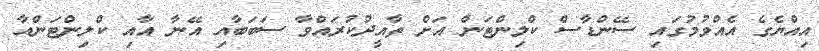
އިއްޔެގެ އެއްވުމުގައި ސޭންޑާސް ކްލިންޓަން އަށް ތާއީދުކުރައްވާ ސަބަބާއި އޭނާ އާއި ކްލިންޓަންއާ